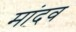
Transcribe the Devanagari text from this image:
मांदव